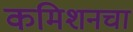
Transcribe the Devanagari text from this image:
कमिशनचा